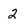
Character: 2